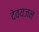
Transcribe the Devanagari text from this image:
देवयजन